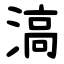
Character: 滈